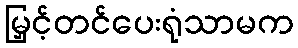
မြှင့်တင်ပေးရုံသာမက